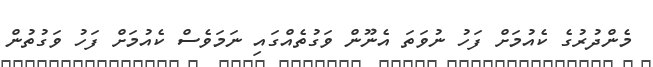
މެންދުރުގެ ކެއުމަށް ފަހު ނުވަތަ އެނޫން ވަގުތެއްގައި ނަމަވެސް ކެއުމަށް ފަހު ވަގުތުން